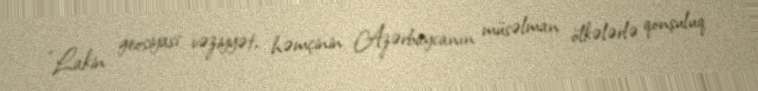
“Lakin geosiyasi vəziyyət, həmçinin Azərbaycanın müsəlman ölkələrlə qonşuluq